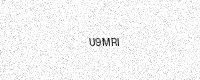
Text: U9MRI